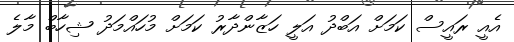
އެއީ ރައީސް ކަމަށް އަބްދު އަލީ ހަޒާންދާރު ކަމަށް މުހައްމަދު ޝިހާބް މާލެ